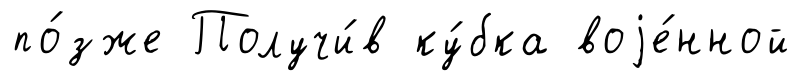
по́зже Получи́в ку́бка воjе́нной